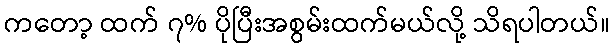
ကတော့ ထက် ၇% ပိုပြီးအစွမ်းထက်မယ်လို့ သိရပါတယ်။